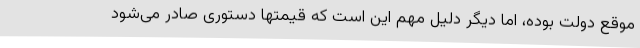
موقع دولت بوده، اما دیگر دلیل مهم این است که قیمتها دستوری صادر می‌شود